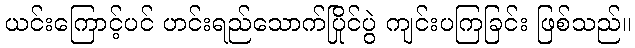
ယင်းကြောင့်ပင် ဟင်းရည်သောက်ပြိုင်ပွဲ ကျင်းပကြခြင်း ဖြစ်သည်။